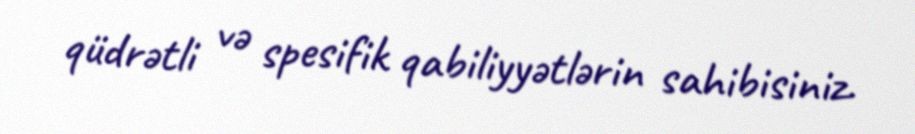
qüdrətli və spesifik qabiliyyətlərin sahibisiniz.